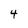
Character: 4